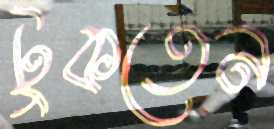
টুকতেন